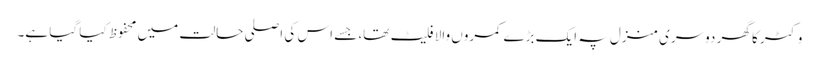
وکٹر کا گھر دوسری منزل پہ ایک بڑے کمروں والا فلیٹ تھا، جسے اس کی اصلی حالت میں محفوظ کیا گیا ہے۔